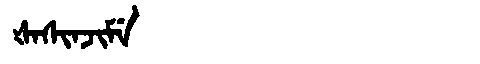
Manchu: ᡧᠠᠰᡳᠨᠵᡳᠮᡝ
Romanization: ŠASINJIME